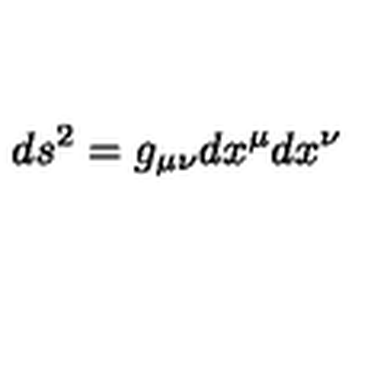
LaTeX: d s ^ { 2 } = g _ { \mu \nu } d x ^ { \mu } d x ^ { \nu }